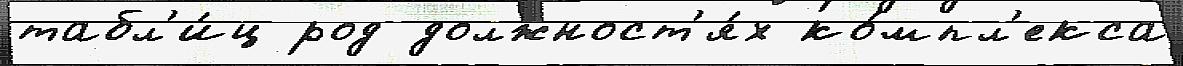
табл'и́ц род должност'я́х ко́мпл'екса